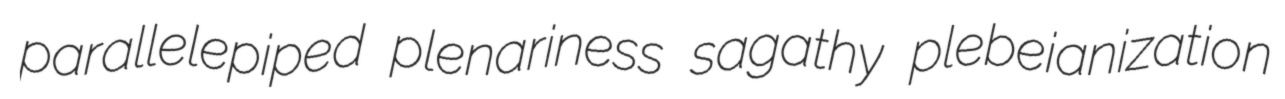
parallelepiped plenariness sagathy plebeianization